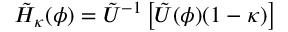
\tilde { H } _ { \kappa } ( \phi ) = \tilde { U } ^ { - 1 } \left[ \tilde { U } ( \phi ) ( 1 - \kappa ) \right]